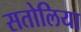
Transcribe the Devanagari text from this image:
सतोलिया